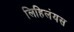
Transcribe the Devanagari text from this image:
लिहिलंयस